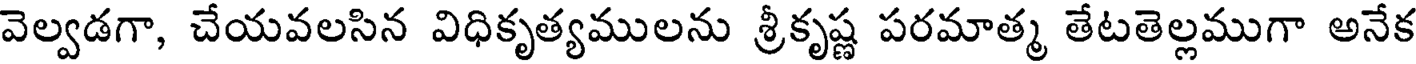
వెల్వడగా, చేయవలసిన విధికృత్యములను శ్రీకృష్ణ పరమాత్మ తేటతెల్లముగా అనేక